Regulations for the medical services of the Army of India
Year: 1930
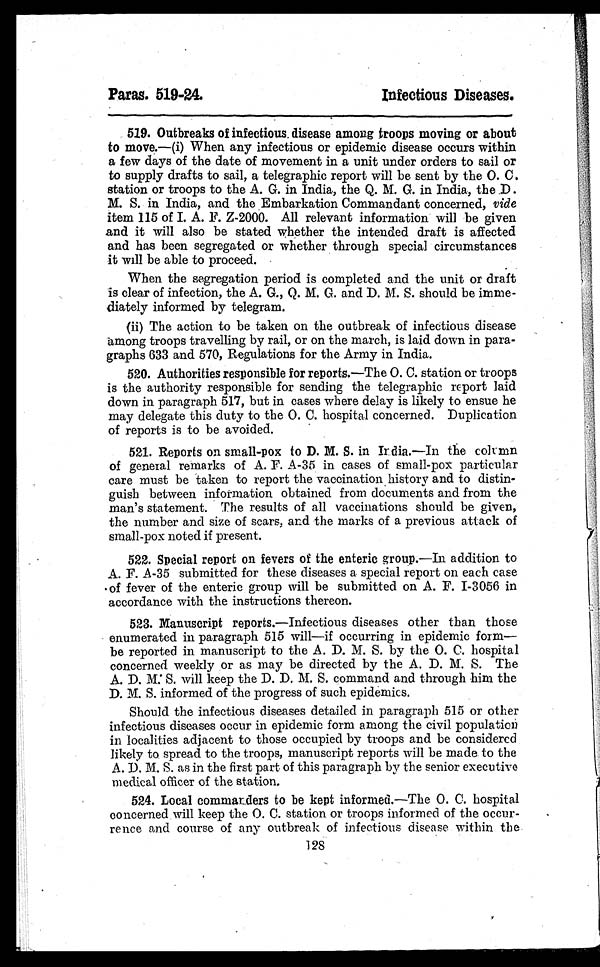
Paras. 519-24.
Infectious Diseases.
519. Outbreaks of infectious disease among troops moving or about
to move.—(i) When any infectious or epidemic disease occurs within
a few days of the date of movement in a unit under orders to sail or
to supply drafts to sail, a telegraphic report will be sent by the O. C.
station or troops to the A. G. in India, the Q. M. G. in India, the D.
M. S. in India, and the Embarkation Commandant concerned, vide
item 115 of I. A. F. Z-2000. All relevant information will be given
and it will also be stated whether the intended draft is affected
and has been segregated or whether through special circumstances
it will be able to proceed.
When the segregation period is completed and the unit or draft
is clear of infection, the A. G., Q. M. G. and D. M. S. should be imme-
diately informed by telegram.
(ii) The action to be taken on the outbreak of infectious disease
among troops travelling by rail, or on the march, is laid down in para-
graphs 633 and 570, Regulations for the Army in India.
520. Authorities responsible for reports.—The O. C. station or troops
is the authority responsible for sending the telegraphic report laid
down in paragraph 517, but in cases where delay is likely to ensue he
may delegate this duty to the O. C. hospital concerned. Duplication
of reports is to be avoided.
521. Reports on small-pox to D. M. S. in India.—In the column
of general remarks of A. F. A-35 in cases of small-pox particular
care must be taken to report the vaccinations history and to distin-
guish between information obtained from documents and from the
man's statement. The results of all vaccinations should be given,
the number and size of scars, and the marks of a previous attack of
small-pox noted if present.
522. Special report on fevers of the enteric group.—In addition to
A. F. A-35 submitted for these diseases a special report on each case
of fever of the enteric group will be submitted on A. F. I-3056 in
accordance with the instructions thereon.
523. Manuscript reports.—Infectious diseases other than those
enumerated in paragraph 515 will—if occurring in epidemic form—
be reported in manuscript to the A. D. M. S. by the O. C. hospital
concerned weekly or as may be directed by the A. D. M. S. The
A . D . M . S . w i l l k e e p t h e D . D . M . S . c o m m a n d a n d t h r o u g h h i m t h e
D. M. S. informed of the progress of such epidemies.
Should the infectious diseases detailed in paragraph 515 or other
infectious diseases occur in epidemic form among the civil population
in localities adjacent to those occupied by troops and be considered
likely to spread to the troops, manuscript reports will be made to the
A. D. M. S. as in the first part of this paragraph by the senior executive
medical officer of the station.
5 2 4 . L o c a l c o m m a n d e r s t o b e k e p t i n f o r m e d . — T h e O . C . h o s p i t a l
concerned will keep the O. C. station or troops informed of the occur-
rence and course of any outbreak of infectious disease within the
128